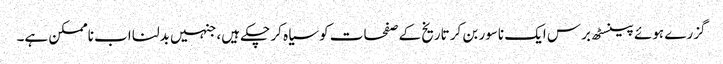
گزرے ہوئے پینسٹھ برس ایک ناسور بن کر تاریخ کے صفحات کو سیاہ کر چکے ہیں، جنہیں بدلنا اب ناممکن ہے۔